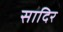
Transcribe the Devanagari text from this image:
सादिर